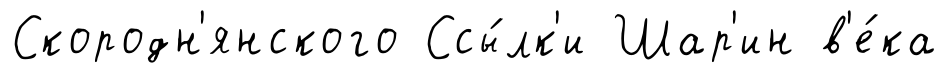
Скородн'янского Ссы́лк'и Шар'ин в'е́ка